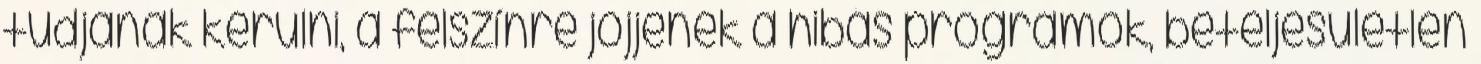
tudjanak kerülni, a felszínre jöjjenek a hibás programok, beteljesületlen